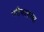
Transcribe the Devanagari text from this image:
पटियालाच्या